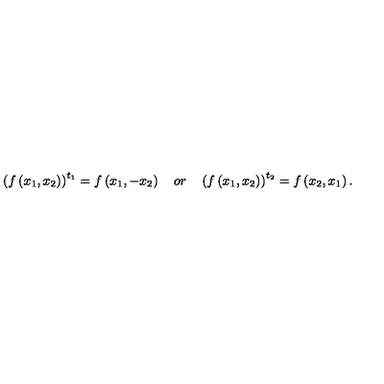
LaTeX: \left( f \left( x _ { 1 } , x _ { 2 } \right) \right) ^ { t _ { 1 } } = f \left( x _ { 1 } , - x _ { 2 } \right) \quad o r \quad \left( f \left( x _ { 1 } , x _ { 2 } \right) \right) ^ { t _ { 2 } } = f \left( x _ { 2 } , x _ { 1 } \right) .